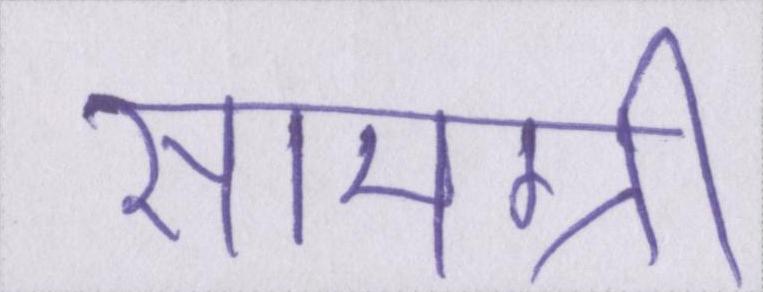
सामग्री